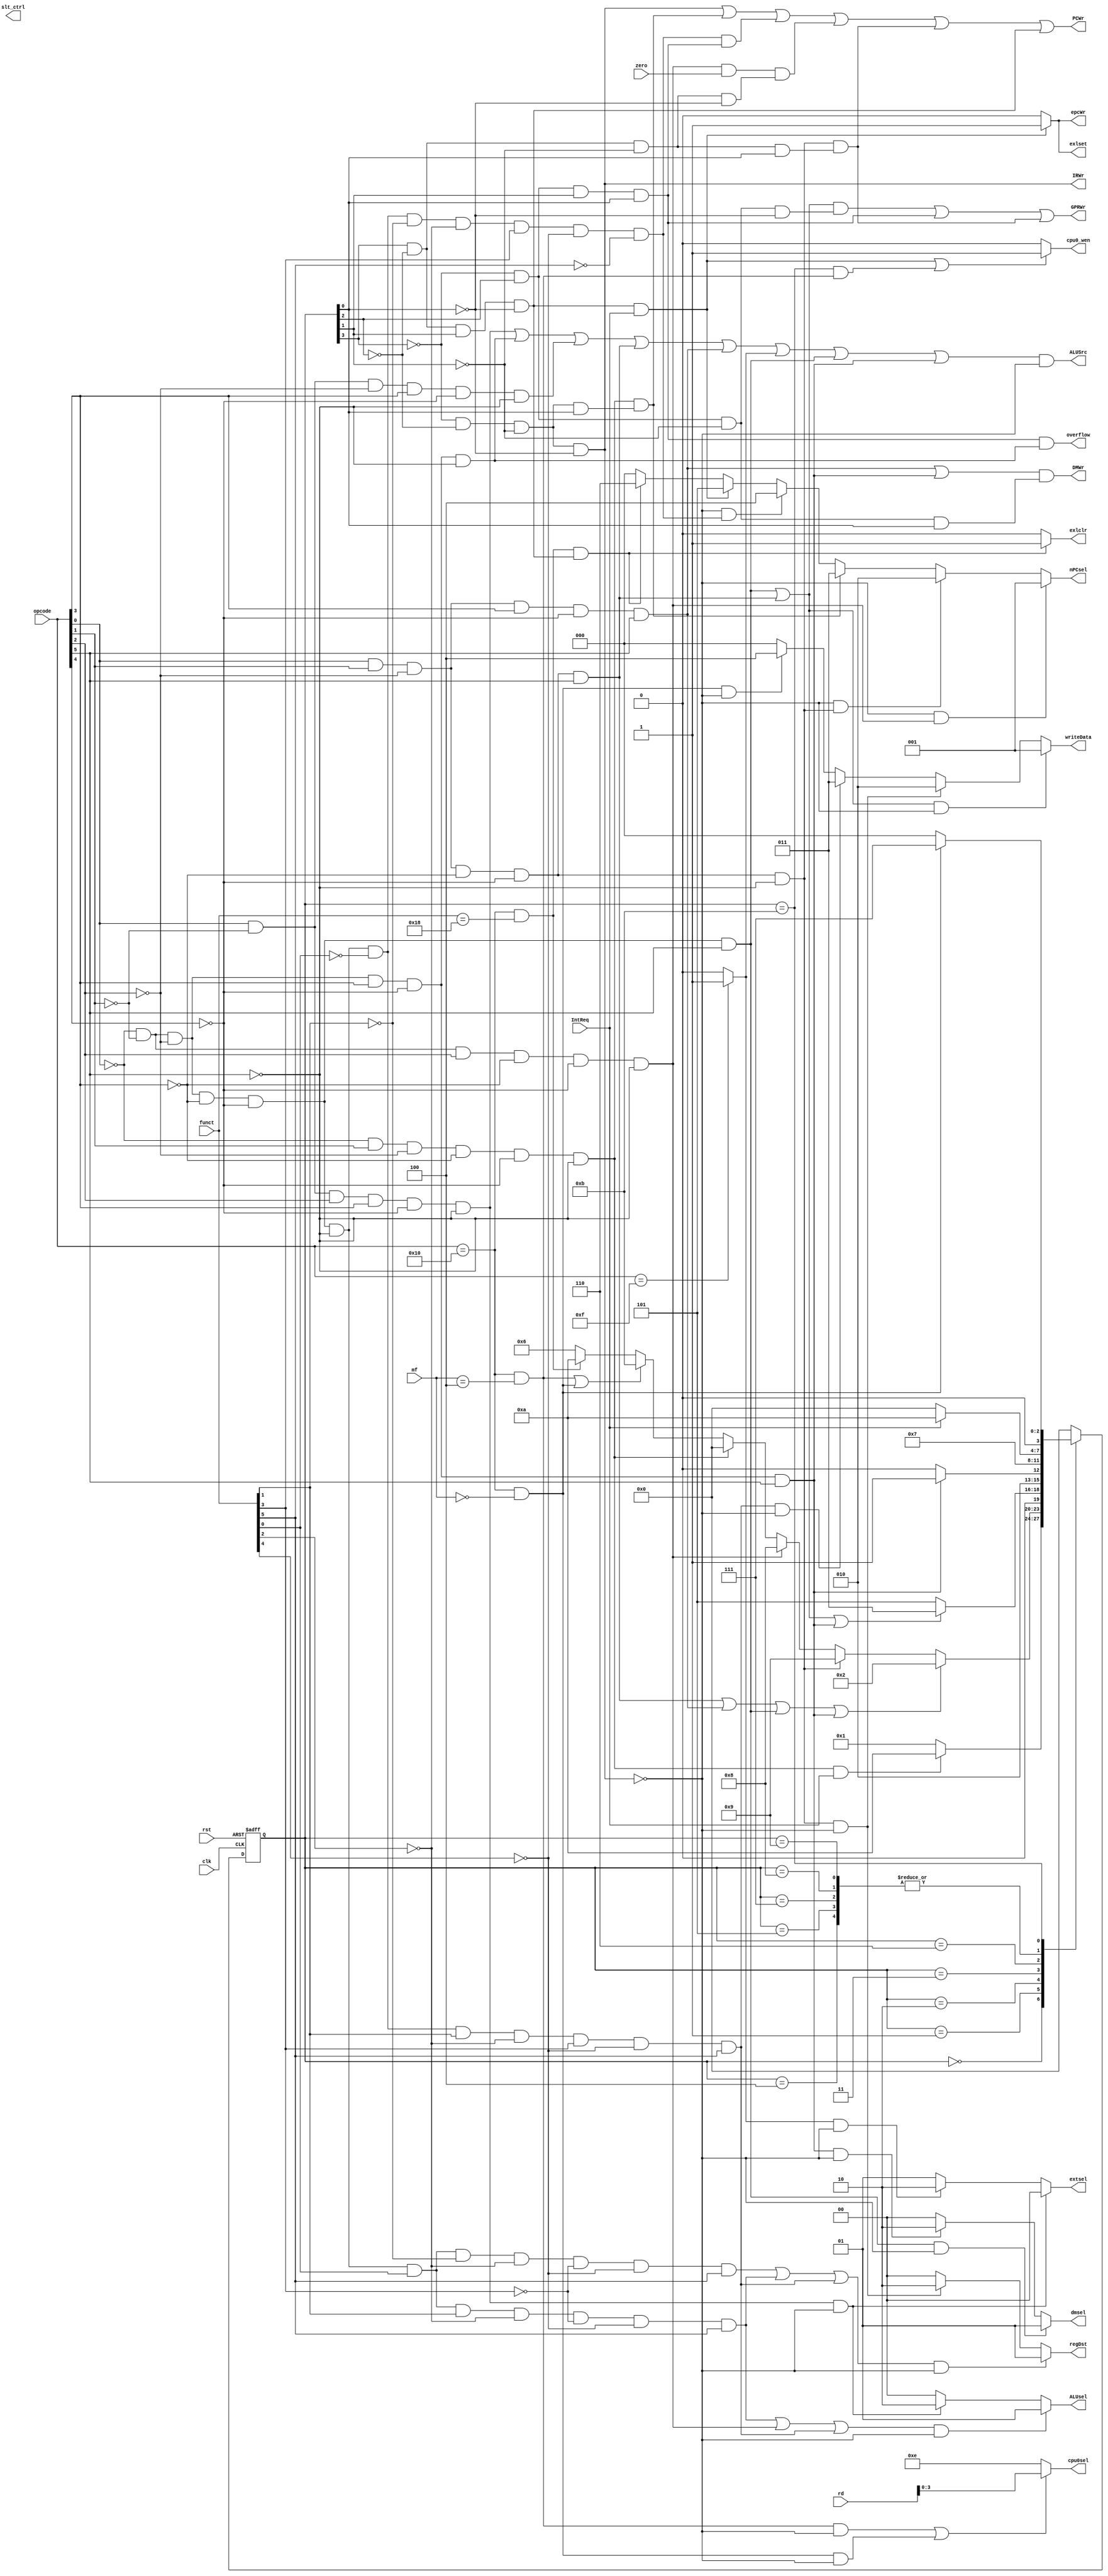
module fsm(clk,rst,zero,IntReq,opcode,funct,mf,rd,PCWr,IRWr,regDst,ALUSrc,writeData,GPRWr,DMWr,nPCsel,extsel,ALUsel,overflow,slt_ctrl,dmsel,cpu0_wen,exlset,exlclr,epcWr,cpu0sel);
  input clk,rst,zero,IntReq;
  input [5:0]opcode,funct;
  input [4:0]mf,rd;
  wire addi,addiu,slt,jal,jr,addu,subu,ori,lw,sw,beq,lui,j,lb,sb,mfc0,mtc0,eret;
  wire f0,f1,f2,f3,f4,f5,f6,f7,f8,f9,f10;
  output PCWr,IRWr,GPRWr,ALUSrc,slt_ctrl,DMWr,overflow;
  output [1:0] ALUsel,regDst,extsel,dmsel;
  output [2:0] nPCsel,writeData;
  output [3:0]cpu0sel;
  
  output cpu0_wen,exlset,exlclr,epcWr;
    
  parameter s0=4'b0000;
  parameter s1=4'b0001;
  parameter s2=4'b0010;
  parameter s3=4'b0011;
  parameter s4=4'b0100;
  parameter s5=4'b0101;
  parameter s6=4'b0110;
  parameter s7=4'b0111;
  parameter s8=4'b1000;
  parameter s9=4'b1001;
  parameter s10=4'b1010;
  parameter s11=4'b1011;
  
 // wire [3:0] next_state;
  reg [3:0] state;
  
  assign addi=~opcode[0]&&~opcode[1]&&~opcode[2]&&opcode[3]&&~opcode[4]&&~opcode[5];
  assign addiu=opcode[0]&&~opcode[1]&&~opcode[2]&&opcode[3]&&~opcode[4]&&~opcode[5];
  assign slt=~opcode[0]&&~opcode[1]&&~opcode[2]&&~opcode[3]&&~opcode[4]&&~opcode[5]&&~funct[0]&&funct[1]&&~funct[2]&&funct[3]&&~funct[4]&&funct[5];
  assign jal=opcode[0]&&opcode[1]&&~opcode[2]&&~opcode[3]&&~opcode[4]&&~opcode[5];
  assign jr=~opcode[0]&&~opcode[1]&&~opcode[2]&&~opcode[3]&&~opcode[4]&&~opcode[5]&&~funct[0]&&~funct[1]&&~funct[2]&&funct[3]&&~funct[4]&&~funct[5];
  assign addu=~opcode[0]&&~opcode[1]&&~opcode[2]&&~opcode[3]&&~opcode[4]&&~opcode[5]&&funct[0]&&~funct[1]&&~funct[2]&&~funct[3]&&~funct[4]&&funct[5];
  assign subu=~opcode[0]&&~opcode[1]&&~opcode[2]&&~opcode[3]&&~opcode[4]&&~opcode[5]&&funct[0]&&funct[1]&&~funct[2]&&~funct[3]&&~funct[4]&&funct[5];
  assign ori=opcode[0]&&~opcode[1]&&opcode[2]&&opcode[3]&&~opcode[4]&&~opcode[5];
  assign lw=opcode[0]&&opcode[1]&&~opcode[2]&&~opcode[3]&&~opcode[4]&&opcode[5];
  assign sw=opcode[0]&&opcode[1]&&~opcode[2]&&opcode[3]&&~opcode[4]&&opcode[5];
  assign beq=~opcode[0]&&~opcode[1]&&opcode[2]&&~opcode[3]&&~opcode[4]&&~opcode[5];
  assign lui=(opcode==6'b001111)?1:0;
  assign j=~opcode[0]&&opcode[1]&&~opcode[2]&&~opcode[3]&&~opcode[4]&&~opcode[5];
  assign lb=~opcode[0]&&~opcode[1]&&~opcode[2]&&~opcode[3]&&~opcode[4]&&opcode[5];
  assign sb=~opcode[0]&&~opcode[1]&&~opcode[2]&&opcode[3]&&~opcode[4]&&opcode[5];
  
  assign mfc0=(opcode==6'b010000)&&(mf==5'b00000);
  assign mtc0=(opcode==6'b010000)&&(mf==5'b00100);
  assign eret=(opcode==6'b010000)&&(funct==6'b011000);
  
  assign f0=~state[3]&~state[2]&~state[1]&~state[0];
  assign f1=~state[3]&~state[2]&~state[1]&state[0];
  assign f2=~state[3]&~state[2]&state[1]&~state[0];
  assign f3=~state[3]&~state[2]&state[1]&state[0];
  assign f4=~state[3]&state[2]&~state[1]&~state[0];
  assign f5=~state[3]&state[2]&~state[1]&state[0];
  assign f6=~state[3]&state[2]&state[1]&~state[0];
  assign f7=~state[3]&state[2]&state[1]&state[0];
  assign f8=state[3]&~state[2]&~state[1]&~state[0];
  assign f9=state[3]&~state[2]&~state[1]&state[0];
  assign f10=state[3]&~state[2]&state[1]&~state[0];
  assign f11=(state==4'b1011);
  
  always@(posedge clk,posedge rst)
  begin
    if(rst)
      state<=s0;
    else
      case(state)
        s0:                                                    //s0
        begin
          if(j&&IntReq)
            state<=s10;
          else
            state=s1;
        end
        s1:                                                    //s1
        begin
          if(lw||sw||lb||sb)
            state<=s2;
          else if(jal)
            state<=s9;
          else if(beq)
            state<=s8;
          else if(j)
            state<=s0;
          else if(mtc0||mfc0)
            state<=s11;
          else if(eret)
            state<=s10;
          else
            state<=s6;
            
        end
        s2:                                                    //s2
        begin
          if(lw||lb||sb)
            state<=s3;
          else  //sw
            state<=s5;
        end
        s3:                                                    //s3
        begin
          if(sb)
            state<=s5;
          else
            state<=s4;
        end
        s4:                                                    //s4
        begin
          if(IntReq)
            state<=s10;
          else
            state<=s0;
        end
        s5:                                                    //s5
        begin
          if(IntReq)
            state<=s10;
          else
            state<=s0;
        end
        s6:                                                    //s6
        begin
            state<=s7;
        end
        s7:                                                    //s7
        begin
          if(IntReq)
            state<=s10;
          else
            state<=s0;
        end
        s8:                                                    //s8
        begin
          if(IntReq)
            state<=s10;
          else
            state<=s0;
        end
        s9:                                                    //s9
        begin
          if(IntReq)
            state<=s10;
          else
            state<=s0;
        end
        s10:                                                    //s10
        begin
            state<=s0;
        end
        s11:
        begin
          if(mfc0)
            state<=s7;
          else
            state<=s0;
        end
        default:state<=s0;
      endcase
        
  end
  
  assign PCWr=f0||(j&&f1)||(jr&&f7)||(beq&&zero)&&f8||jal&&f9||f10;
  assign IRWr=f0;
  assign GPRWr=(lb||lw)&&f4||f7||jal&&f9;//?????????slt??
  assign ALUSrc=(ori||addi||addiu||lw||sw||lui||lb||sb)&&~f0;
  assign overflow=f7&&addi;
  assign DMWr=(sw||sb)&&f5;//???lb sb
  
  assign cpu0_wen=(f10&&IntReq||f11&&mtc0)?1:0;
  assign exlset=(f10&&IntReq)?1:0;//??????
  assign cpu0_sel=(~f0&&mtc0||~f0&&mfc0)?rd[3:0]:0;
  assign epcWr=(f10&&IntReq)?1:0;
  assign cpu0sel=(mtc0&&~f0||mfc0&&~f0)?rd[3:0]:4'b1110;
  assign exlclr=(eret&&f10)?1:0;
  
  assign dmsel=(lb&&~f0)?2'b01:
                (sb&&~f0)?2'b10:2'b00;
  assign nPCsel=(~f0&&beq)? 3'b001:
                (~f0&&jal)? 3'b010:
                (f1&&j)? 3'b011:
                (~f0&&jr)? 3'b100:
                (f10&&IntReq)?3'b101:
                (f10&&eret)?3'b110:
                3'b000;
  
  assign ALUsel=((subu||beq||slt)&~f0)? 2'b01:
                (ori&~f0)? 2'b10:2'b00;
  assign writeData=((lw||lb)&~f0)? 3'b001://dmout
                    (jal&~f0)? 3'b010://pc+4
                    (slt&~f0)? 3'b011:
                    (mfc0&~f0)? 3'b100:3'b000;//00aluout
  assign regDst=((addu||subu||slt)&~f0)? 2'b01://rd
                (jal&~f0)? 2'b10:2'b00;//00rt
  assign extsel=(ori&~f0)? 2'b00:
                (lui&~f0)? 2'b10:2'b01;
  
endmodule